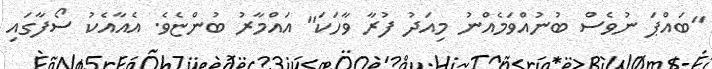
"ބައްޕަ ނުވެސް ބުނުއްވަމެއްނު މިއަދު ފުރާ ވާހަކަ" އައްމާރު ބުންޏެވެ. އެއާއެކު ސޯފާގައި